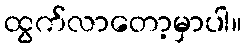
ထွက်လာတော့မှာပါ။